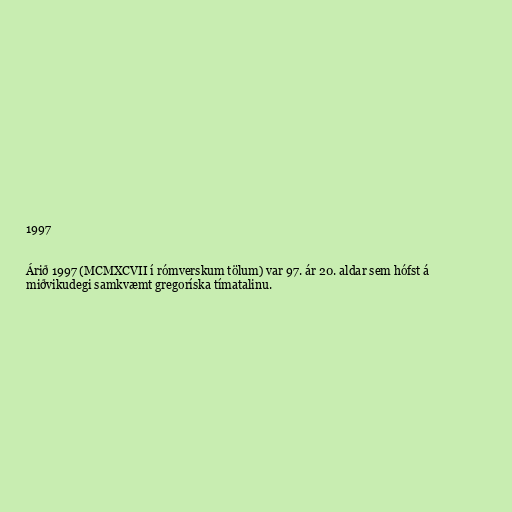
1997

Árið 1997 (MCMXCVII í rómverskum tölum) var 97. ár 20. aldar sem hófst á
miðvikudegi samkvæmt gregoríska tímatalinu.